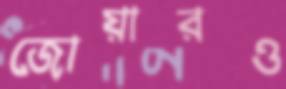
জোয়ারও